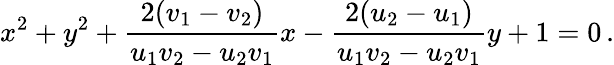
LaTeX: x^{2}+y^{2}+{\frac{2(v_{1}-v_{2})}{u_{1}v_{2}-u_{2}v_{1}}}x-{\frac{2(u_{2}-u_{1})}{u_{1}v_{2}-u_{2}v_{1}}}y+1=0\, .